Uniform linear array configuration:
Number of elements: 32
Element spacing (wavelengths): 1
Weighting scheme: hann
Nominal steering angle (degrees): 0
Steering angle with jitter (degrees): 0.7608
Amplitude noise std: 0.05
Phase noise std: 0.05

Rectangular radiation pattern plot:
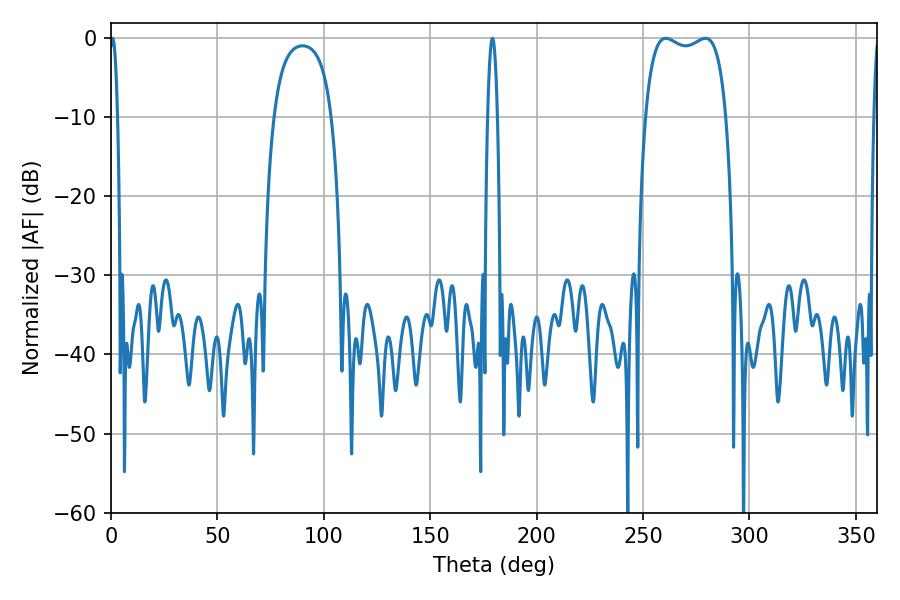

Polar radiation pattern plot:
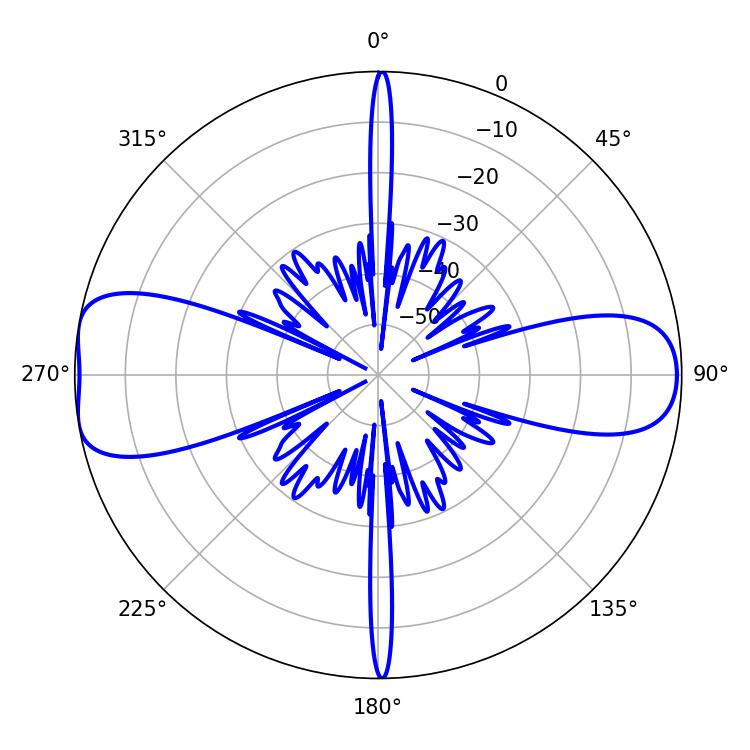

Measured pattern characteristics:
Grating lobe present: TRUE
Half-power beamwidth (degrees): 30.96
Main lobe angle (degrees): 260.64